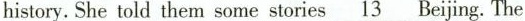
history.She told them some stories\underline{13}Beijing. The